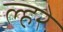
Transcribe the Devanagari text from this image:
ल्हरे